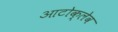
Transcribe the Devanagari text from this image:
आटोक्‍लेव